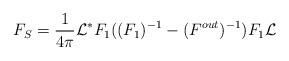
LaTeX: \begin{align*}F_S= \frac{1}{4\pi} \mathcal L^* F_1((F_1)^{-1}-(F^{out})^{-1} ) F_1 \mathcal L\end{align*}